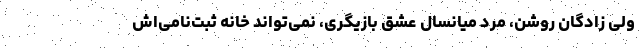
ولی زادگان روشن، مرد میانسال عشق بازیگری، نمی‌تواند خانه ثبت‌نامی‌اش